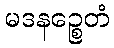
မဒနဉ္စေတံ